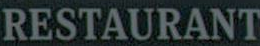
RESTAURANT